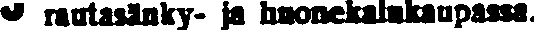
# rautasänky- ja huonekalukaupassa.